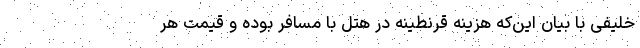
خلیفی با بیان این‌که هزینه قرنطینه در هتل با مسافر بوده و قیمت هر